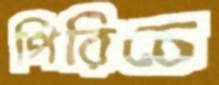
পিরিচে